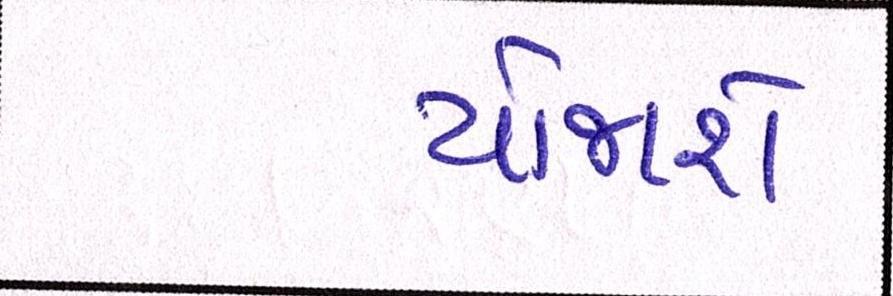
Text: યોજાશે